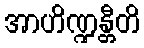
အာဟိဏ္ဍန္တီတိ